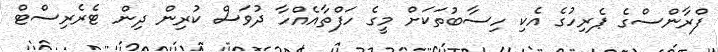
ފްރާންސްގެ ޕެރިހުގެ އެކި ހިސާބުތަކަށް މީގެ ހަފްތާއެއްހާ ދުވަސް ކުރިން ދިން ޓެރެރިސްޓް